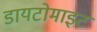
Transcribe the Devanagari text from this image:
डायटोमाइट